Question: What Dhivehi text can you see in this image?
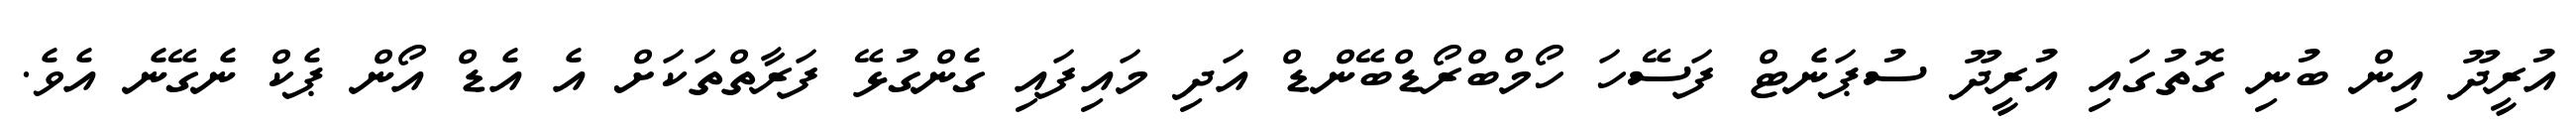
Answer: އުރީދޫ އިން ބުނި ގޮތުގައި އުރީދޫ ސުޕަނެޓް ފަސޭހަ ހޯމްބްރޯޑްބޭންޑް އަދި މައިފައި ގެންގުޅޭ ފަރާތްތަކަށް އެ އެޑް އޯން ޕެކް ނެގޭނެ އެވެ.